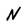
Character: N